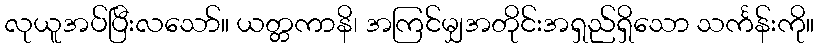
လုယူအပ်ပြီးလသော်။ ယတ္တကာနိ၊ အကြင်မျှအတိုင်းအရှည်ရှိသော သင်္ကန်းကို။